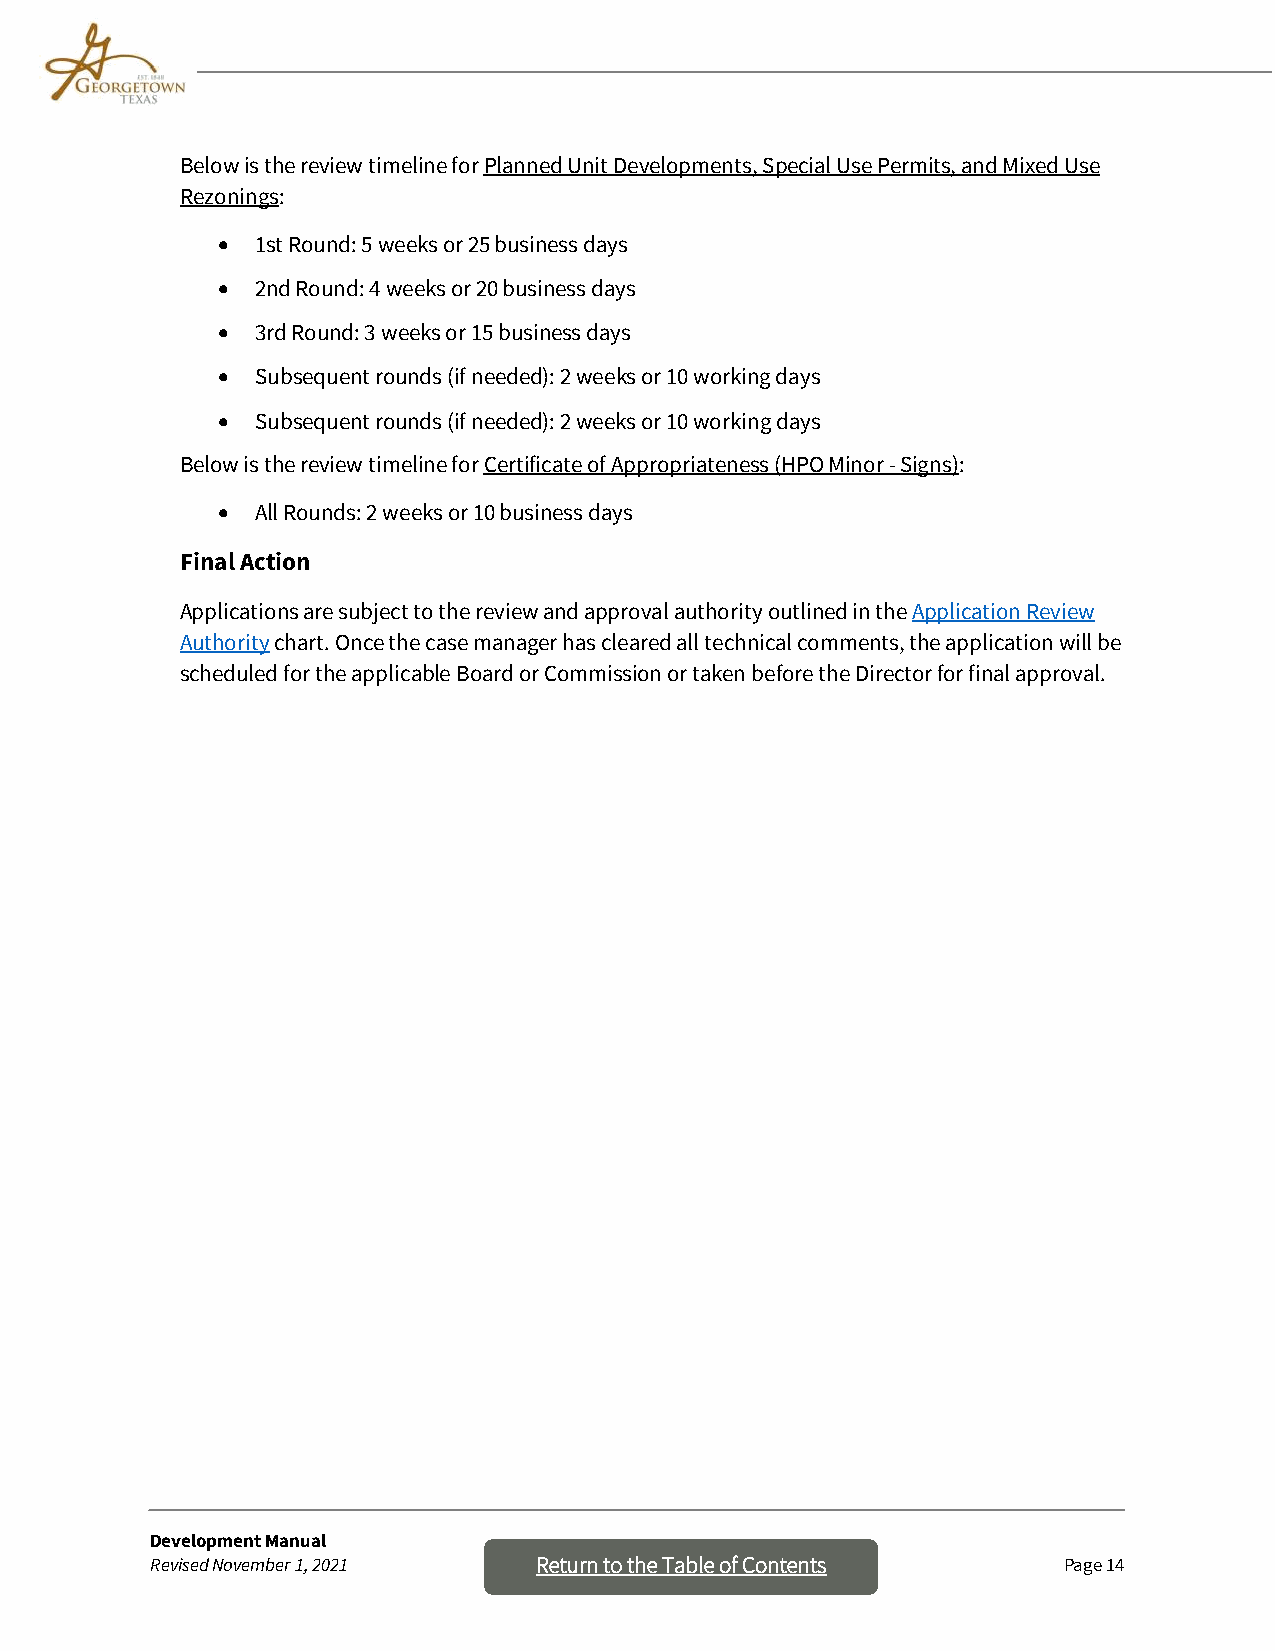
Below is the review timeline for Planned Unit Developments, Special Use Permits, and Mixed Use
 Rezonings:
 •  1st Round: 5 weeks or 25 business days
 •  2nd Round: 4 weeks or 20 business days
 •  3rd Round: 3 weeks or 15 business days
 •  Subsequent rounds (if needed): 2 weeks or 10 working days
 •  Subsequent rounds (if needed): 2 weeks or 10 working days
 Below is the review timeline for Certificate of Appropriateness (HPO Minor - Signs):
 •  All Rounds: 2 weeks or 10 business days
 Final Action
 Applications are subject to the review and approval authority outlined in the Application Review
 Authority chart. Once the case manager has cleared all technical comments, the application will be
 scheduled for the applicable Board or Commission or taken before the Director for final approval.
 Development Manual
 Revised November 1, 2021 Return to th e Table of Contents   Page 14